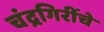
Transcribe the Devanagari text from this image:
चंद्रगिरींचे